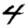
Digit: 4